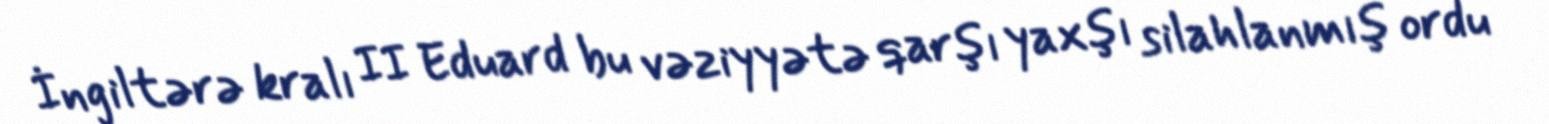
İngiltərə kralı II Eduard bu vəziyyətə qarşı yaxşı silahlanmış ordu